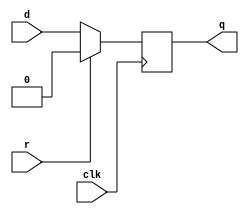
module top_module (
    input clk,
    input d, 
    input r,
    output q
	);
    always@(posedge clk)
    begin
        if(r)
            q <= 0;
        else
            q <= d;
    end
endmodule